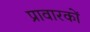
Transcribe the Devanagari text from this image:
प्रावारकों